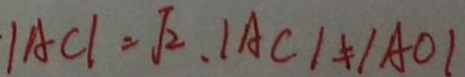
\vert A C \vert = \sqrt { 2 } , \vert A C \vert \neq \vert A O \vert